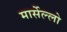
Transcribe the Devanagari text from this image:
मार्सेल्लो